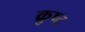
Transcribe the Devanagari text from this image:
क्रुष्ट